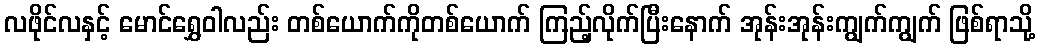
လဖိုင်လနှင့် မောင်ရွှေဝါလည်း တစ်ယောက်ကိုတစ်ယောက် ကြည့်လိုက်ပြီးနောက် အုန်းအုန်းကျွက်ကျွက် ဖြစ်ရာသို့